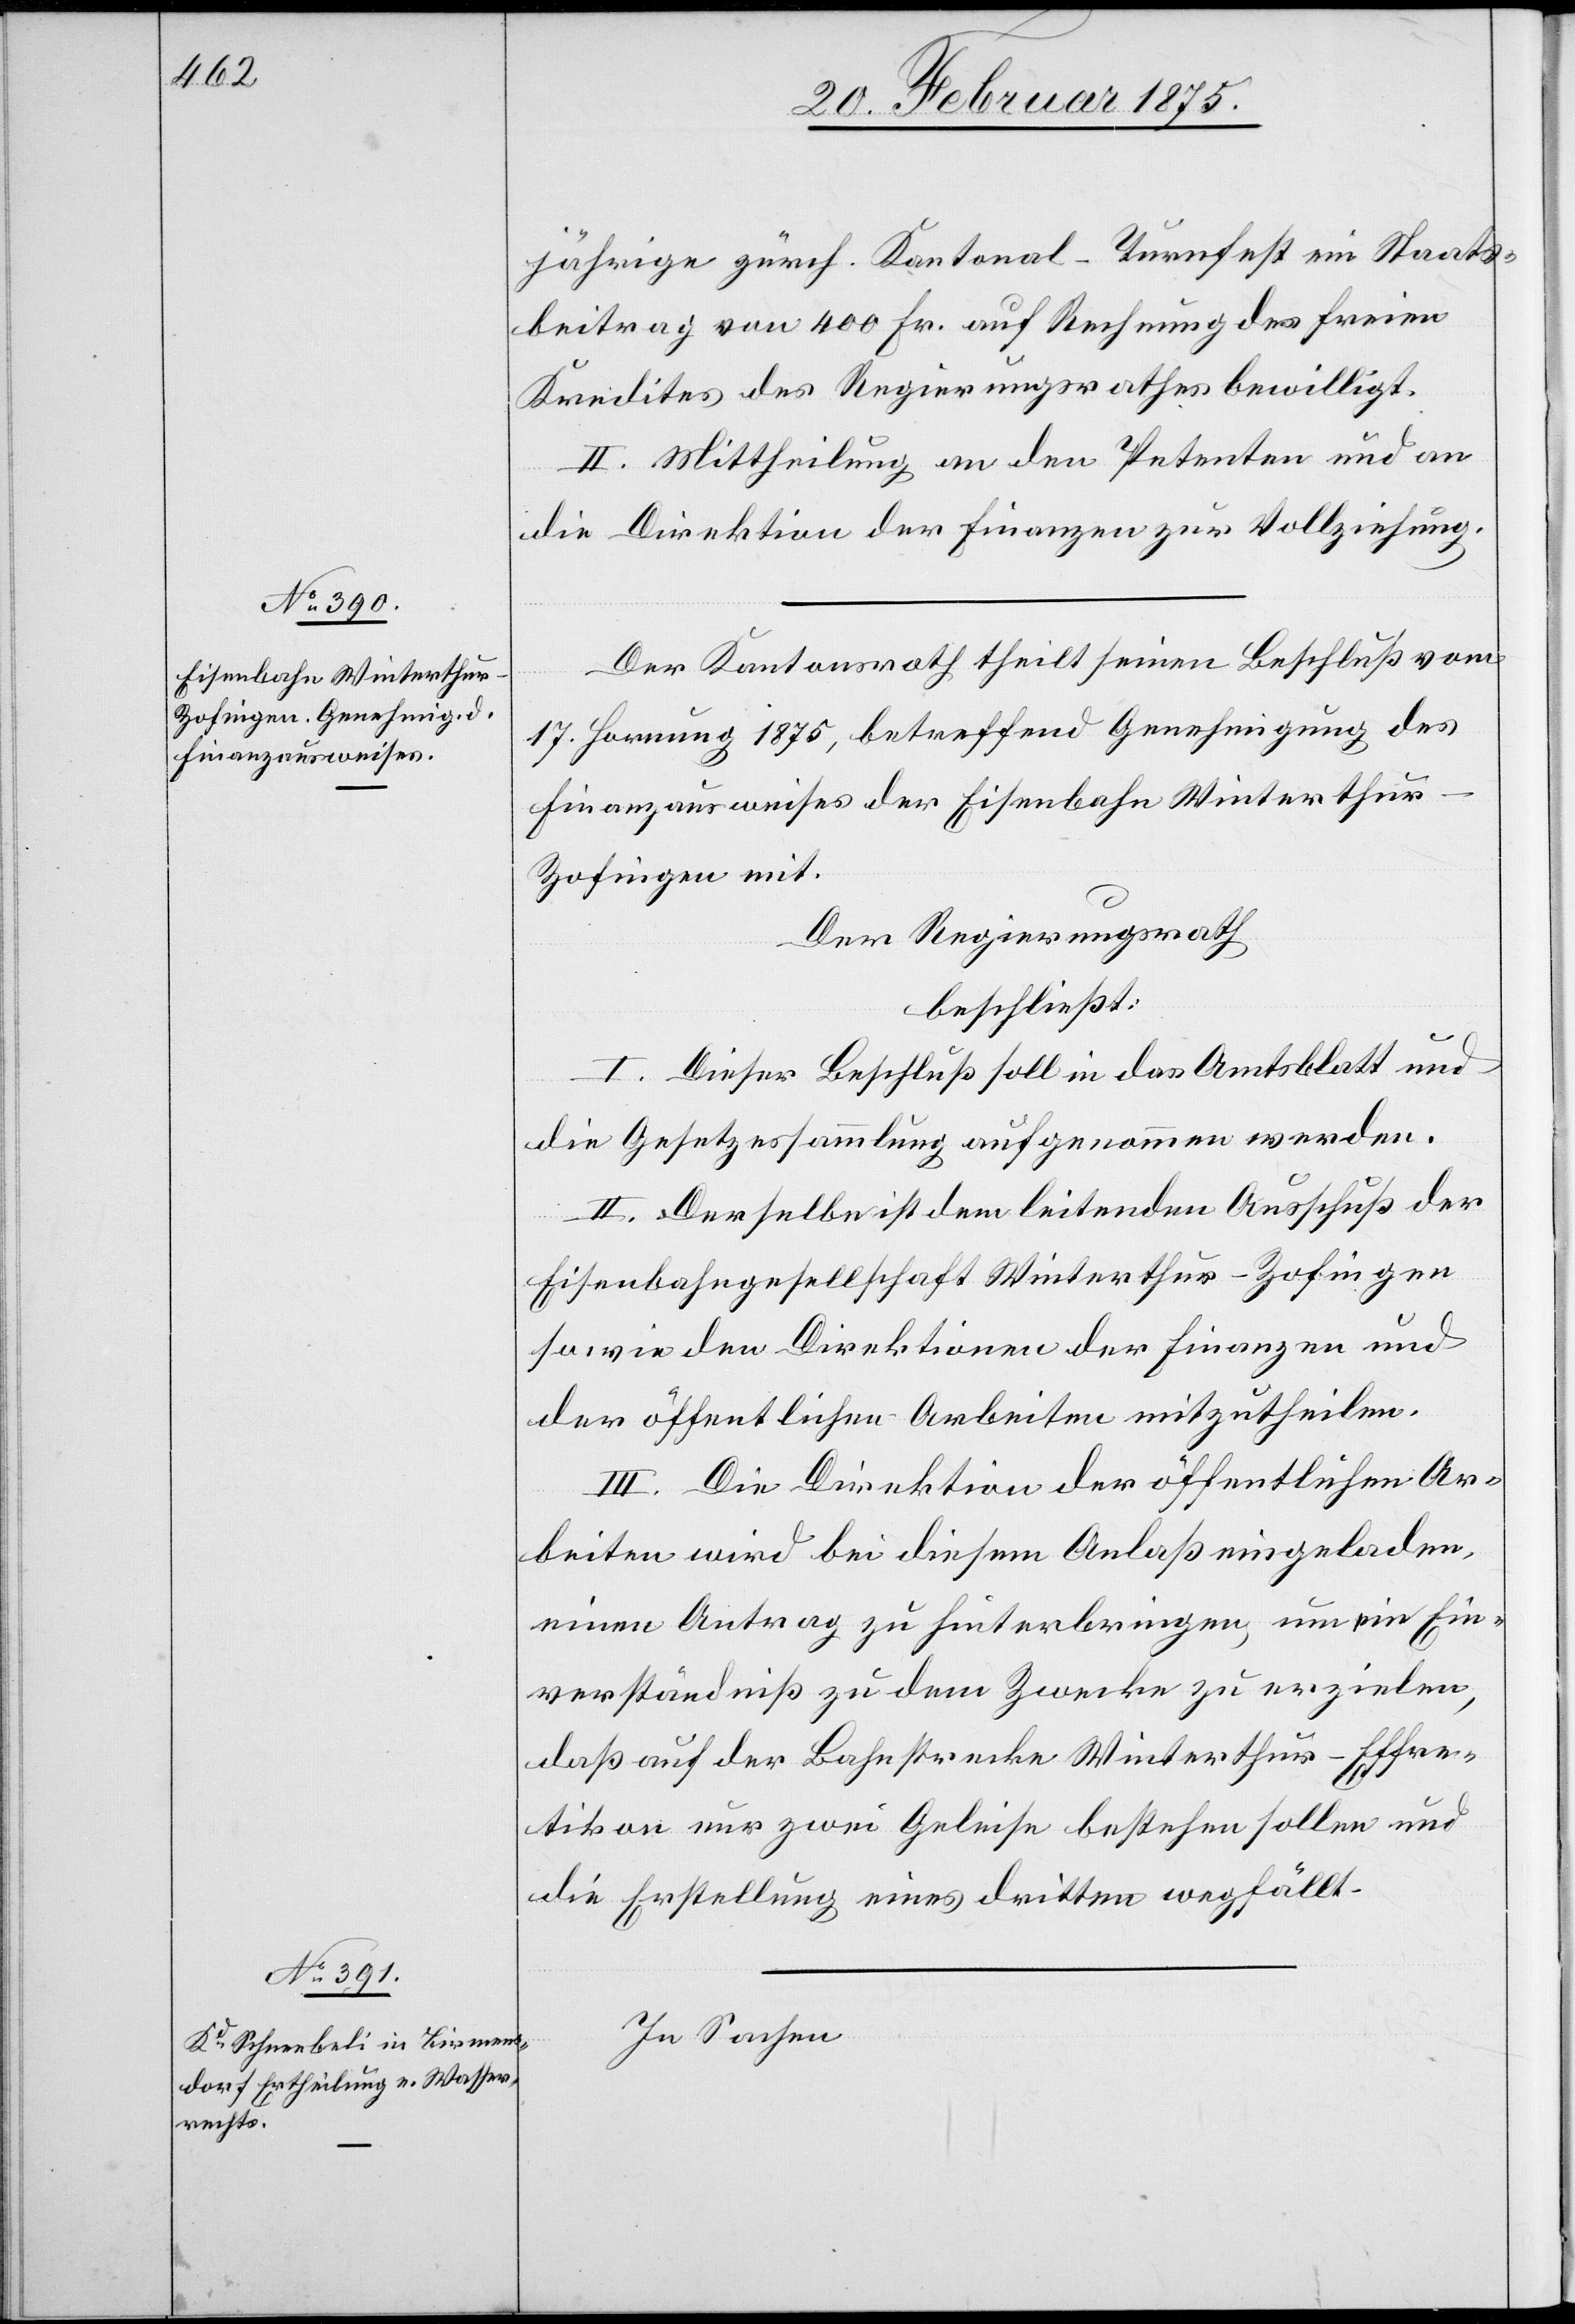
jährige zürch. Kantonal-Turnfest ein Staats¬
beitrag von 400 Fr. auf Rechnung des freien
Kredites des Regierungsrathes bewilligt.
II. Mittheilung an den Petenten und an
die Direktion der Finanzen zur Vollziehung.
Der Kantonsrath theilt seinen Beschluß vom
17. Hornung 1875, betreffend Genehmigung des
Finanzausweises der Eisenbahn Winterthur–Z¬
ofingen mit.
Der Regierungsrath
beschließt:
I. Dieser Beschluß soll in das Amtsblatt und
die Gesetzessammlung aufgenommen werden.
II. Derselbe ist dem leitenden Ausschuß der
Eisenbahngesellschaft Winterthur–Zofingen
sowie den Direktionen der Finanzen und
der öffentlichen Arbeiten mitzutheilen.
III. Die Direktion der öffentlichen Ar¬
beiten wird bei diesem Anlaß eingeladen,
einen Antrag zu hinterbringen, um ein Ein¬
verständniß zu dem Zwecke zu erzielen,
daß auf der Bahnstrecke Winterthur–Effre¬
tikon nur zwei Geleise bestehen sollen und
die Erstellung eines dritten wegfällt.
In Sachen